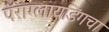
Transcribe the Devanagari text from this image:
पॅराग्लायडिंगचा